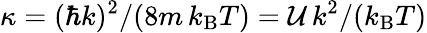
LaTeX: {\kappa=(\hbar k)^{2}/(8m\, k_{\mathrm{B}}T)={\mathcal U}\, k^{2}/(k_{\mathrm{B}}T)}